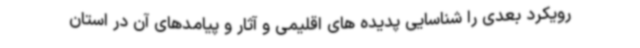
رویکرد بعدی را شناسایی پدیده های اقلیمی و آثار و پیامدهای آن در استان